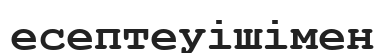
есептеуішімен